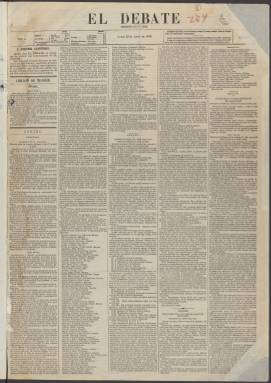
Título: El Debate (Madrid. 1871)
Colección: Periódicos
Ámbito geográfico: Madrid
Lugar de publicación: Madrid
Fechas: 29/04/1872-29/04/1873